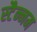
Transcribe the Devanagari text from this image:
स्टैन्नम